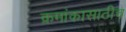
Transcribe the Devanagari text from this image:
क्रमांकासाठीच